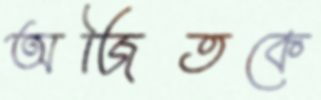
অজিতকে